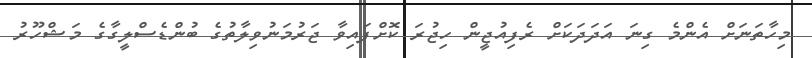
މިހާތަނަށް އެންމެ ގިނަ އަދަދަކަށް ރެފިއުޖީން ހިޖުރަ ކޮށްފައިވާ ޖަރުމަނުވިލާތުގެ ބުންޑެސްލީގާގެ މަޝްހޫރު